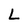
Character: L